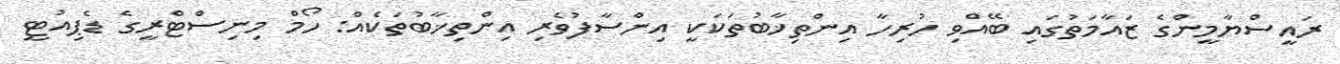
ރައީސްޔާމީންގެ ޒައާމަތުގައި ބޭއްވި ހުރިހާ އިންތިޚާބުތަކަކީ އިންސާފުވެރި އިންތިޚާބުތަކެއް: ހޯމް މިނިސްޓްރީގެ ޑެޕިއުޓީ